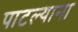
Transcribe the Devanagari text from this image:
पाटल्याना